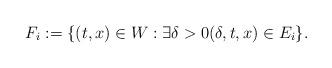
LaTeX: \begin{align*}F_i := \{ (t,x) \in W : \exists \delta > 0 (\delta,t,x) \in E_i \}.\end{align*}